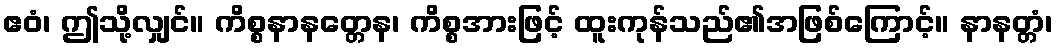
ဧဝံ၊ ဤသို့လျှင်။ ကိစ္စနာနတ္တေန၊ ကိစ္စအားဖြင့် ထူးကုန်သည်၏အဖြစ်ကြောင့်။ နာနတ္တံ၊